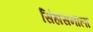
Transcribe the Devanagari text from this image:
सिंहासनाला